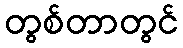
တွစ်တာတွင်